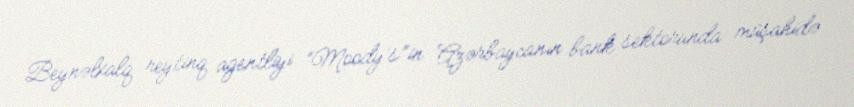
Beynəlxalq reytinq agentliyi “Moody’s”in Azərbaycanın bank sektorunda müşahidə